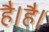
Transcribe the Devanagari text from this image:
है।है।